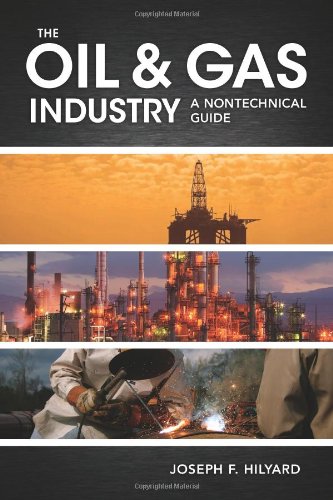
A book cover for The Oil & Gas Industry: A Nontechnical Guide; Joseph Hilyard; Science & Math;